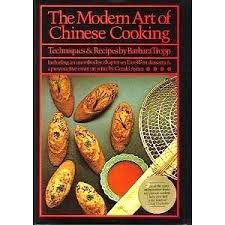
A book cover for The Modern Art of Chinese Cooking: Including an Unorthodox Chapter on East-West Desserts and a Provocative Essay on Wine; Barbara Tropp; Cookbooks, Food & Wine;